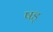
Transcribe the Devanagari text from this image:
षड्‍